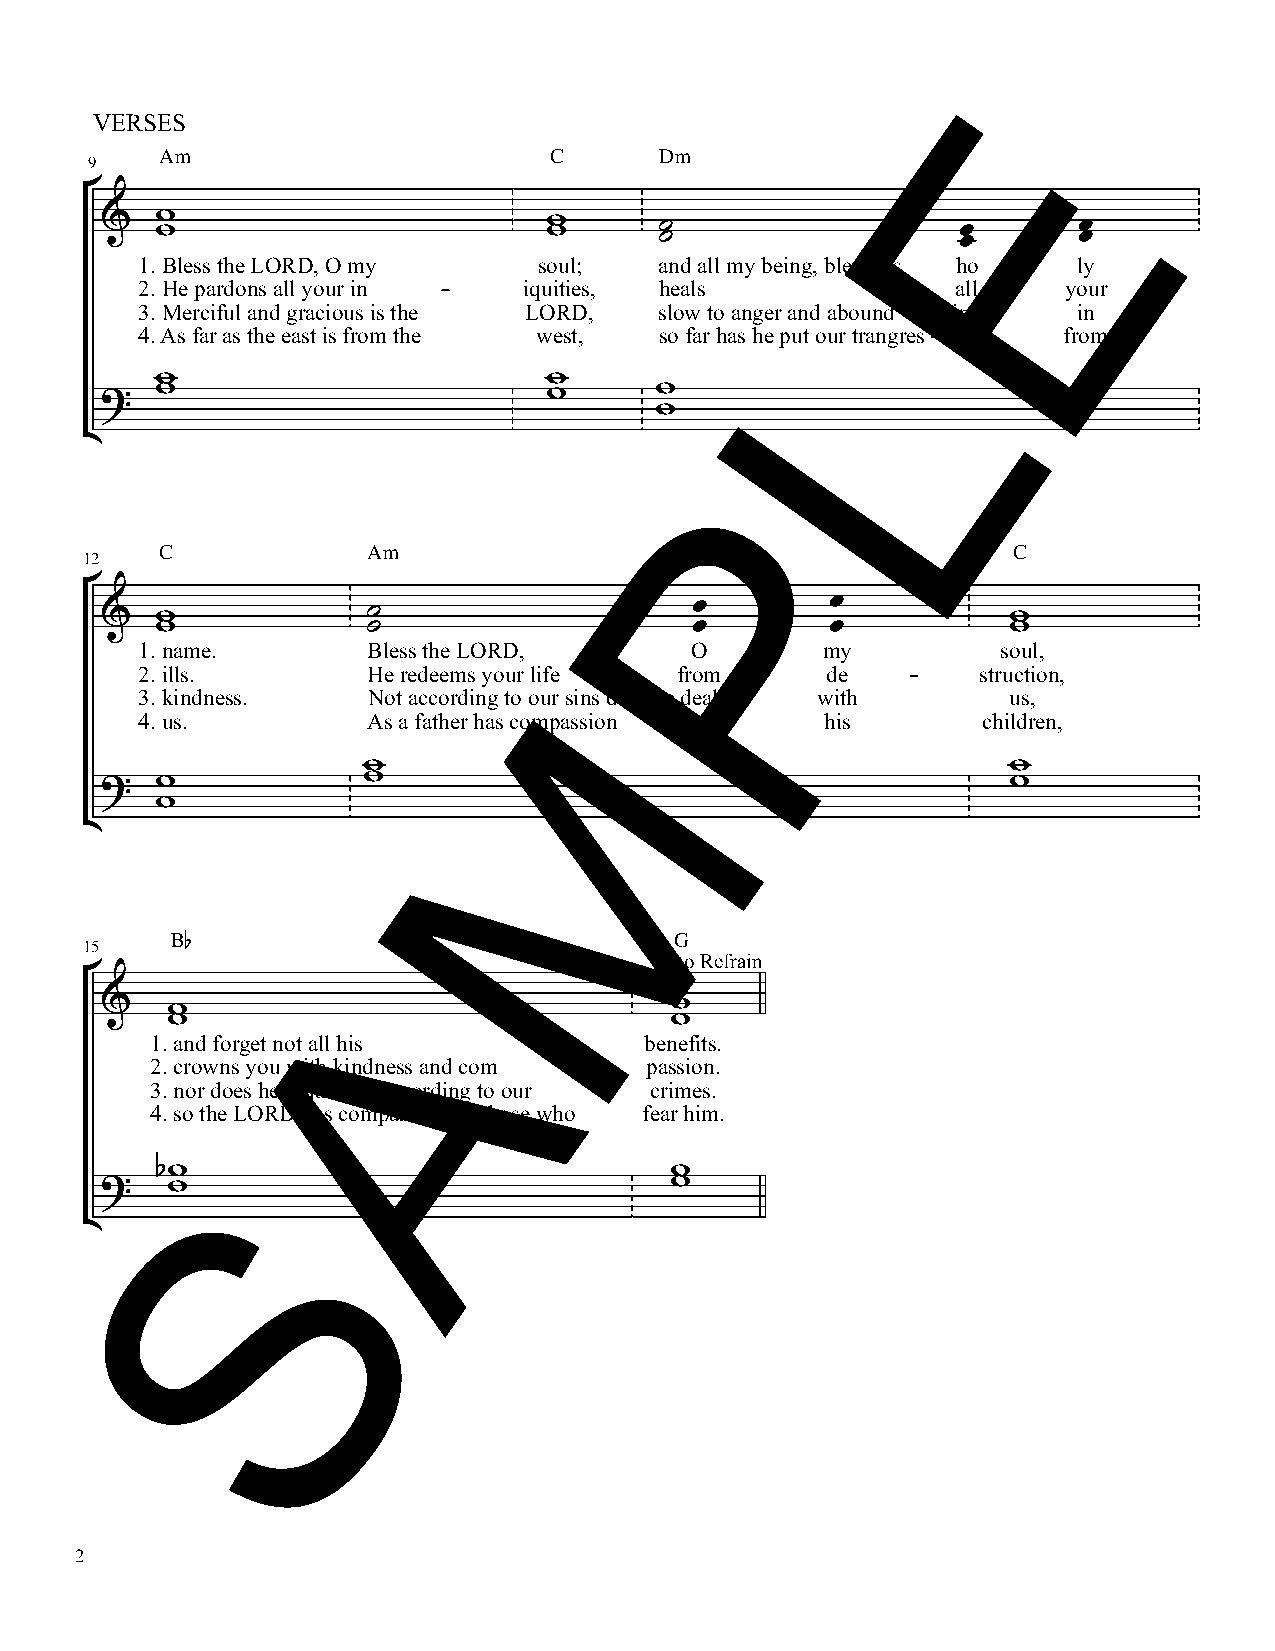
E
 VERSES
 Am                       C       Dm
 9
 
 
 1 2.
 .
 B Hl ee s ps
 a
 rth de
 o
 nL sO aR
 ll
 D yo, uO
 r
 m iny       iqs uo
 
 iu til e;
 s,
 a
 
 hn ed
 al
 sall my being L, bless his ah lo
 l
 yol y
 ur
 3. Merciful and gracious is the LORD, slow to anger and abound ing in
 4. As far as the east is from the west, so far has he put our trangres sions from
                          
                                  
 
 P
 
 C            Am                                         C
 12
 
 
 1 2.
 .
 n ila lsm
 .
 e.         B Hl ee s res dth eee
 m
 L sO yR oD ur,
 life
 frO o
 m
 m d ey   strs uo cu til o,
 n,
 M
 3. kindness.   Not according to our sins does hedeal with us,
 4. us.         As a father has compassion on  his       children,
                                           
                                                          
 
 
 B♭                                G
 15
 A                      to Refrain
 
 1. and forget not all his        benefits.
   2. crowns you with kindness and com pas sion.
 3. nor does he requite us according to our crimes.
 4. so the LORD has compassion on those who fear him.
 S
                                 
                                    
 
 2